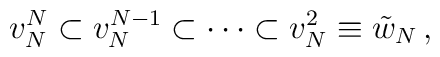
v_N^N \subset v_N^{N-1}\subset \cdots \subset v_N^2 \equiv {\tilde w}_N\,,